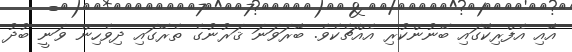
އާއި އެފްރިކާގައި ބޭނުންކުރި އެއްޗެކެވެ. ބާރަވަނަ ޤަރުނުގެ ތެރޭގައި ދިވެހިން ވަނީ ބުދު